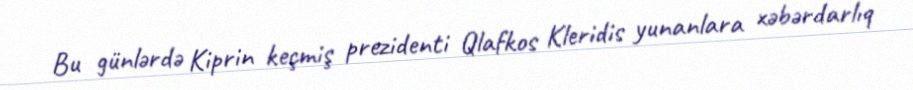
Bu günlərdə Kiprin keçmiş prezidenti Qlafkos Kleridis yunanlara xəbərdarlıq